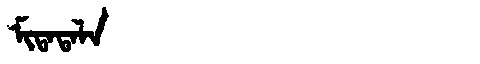
Manchu: ᠮᡳᡨᠠᡨᠠᠯᠠ
Romanization: MITATALA